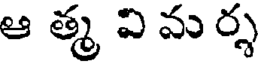
ఆ త్మ వి మ ర్శ